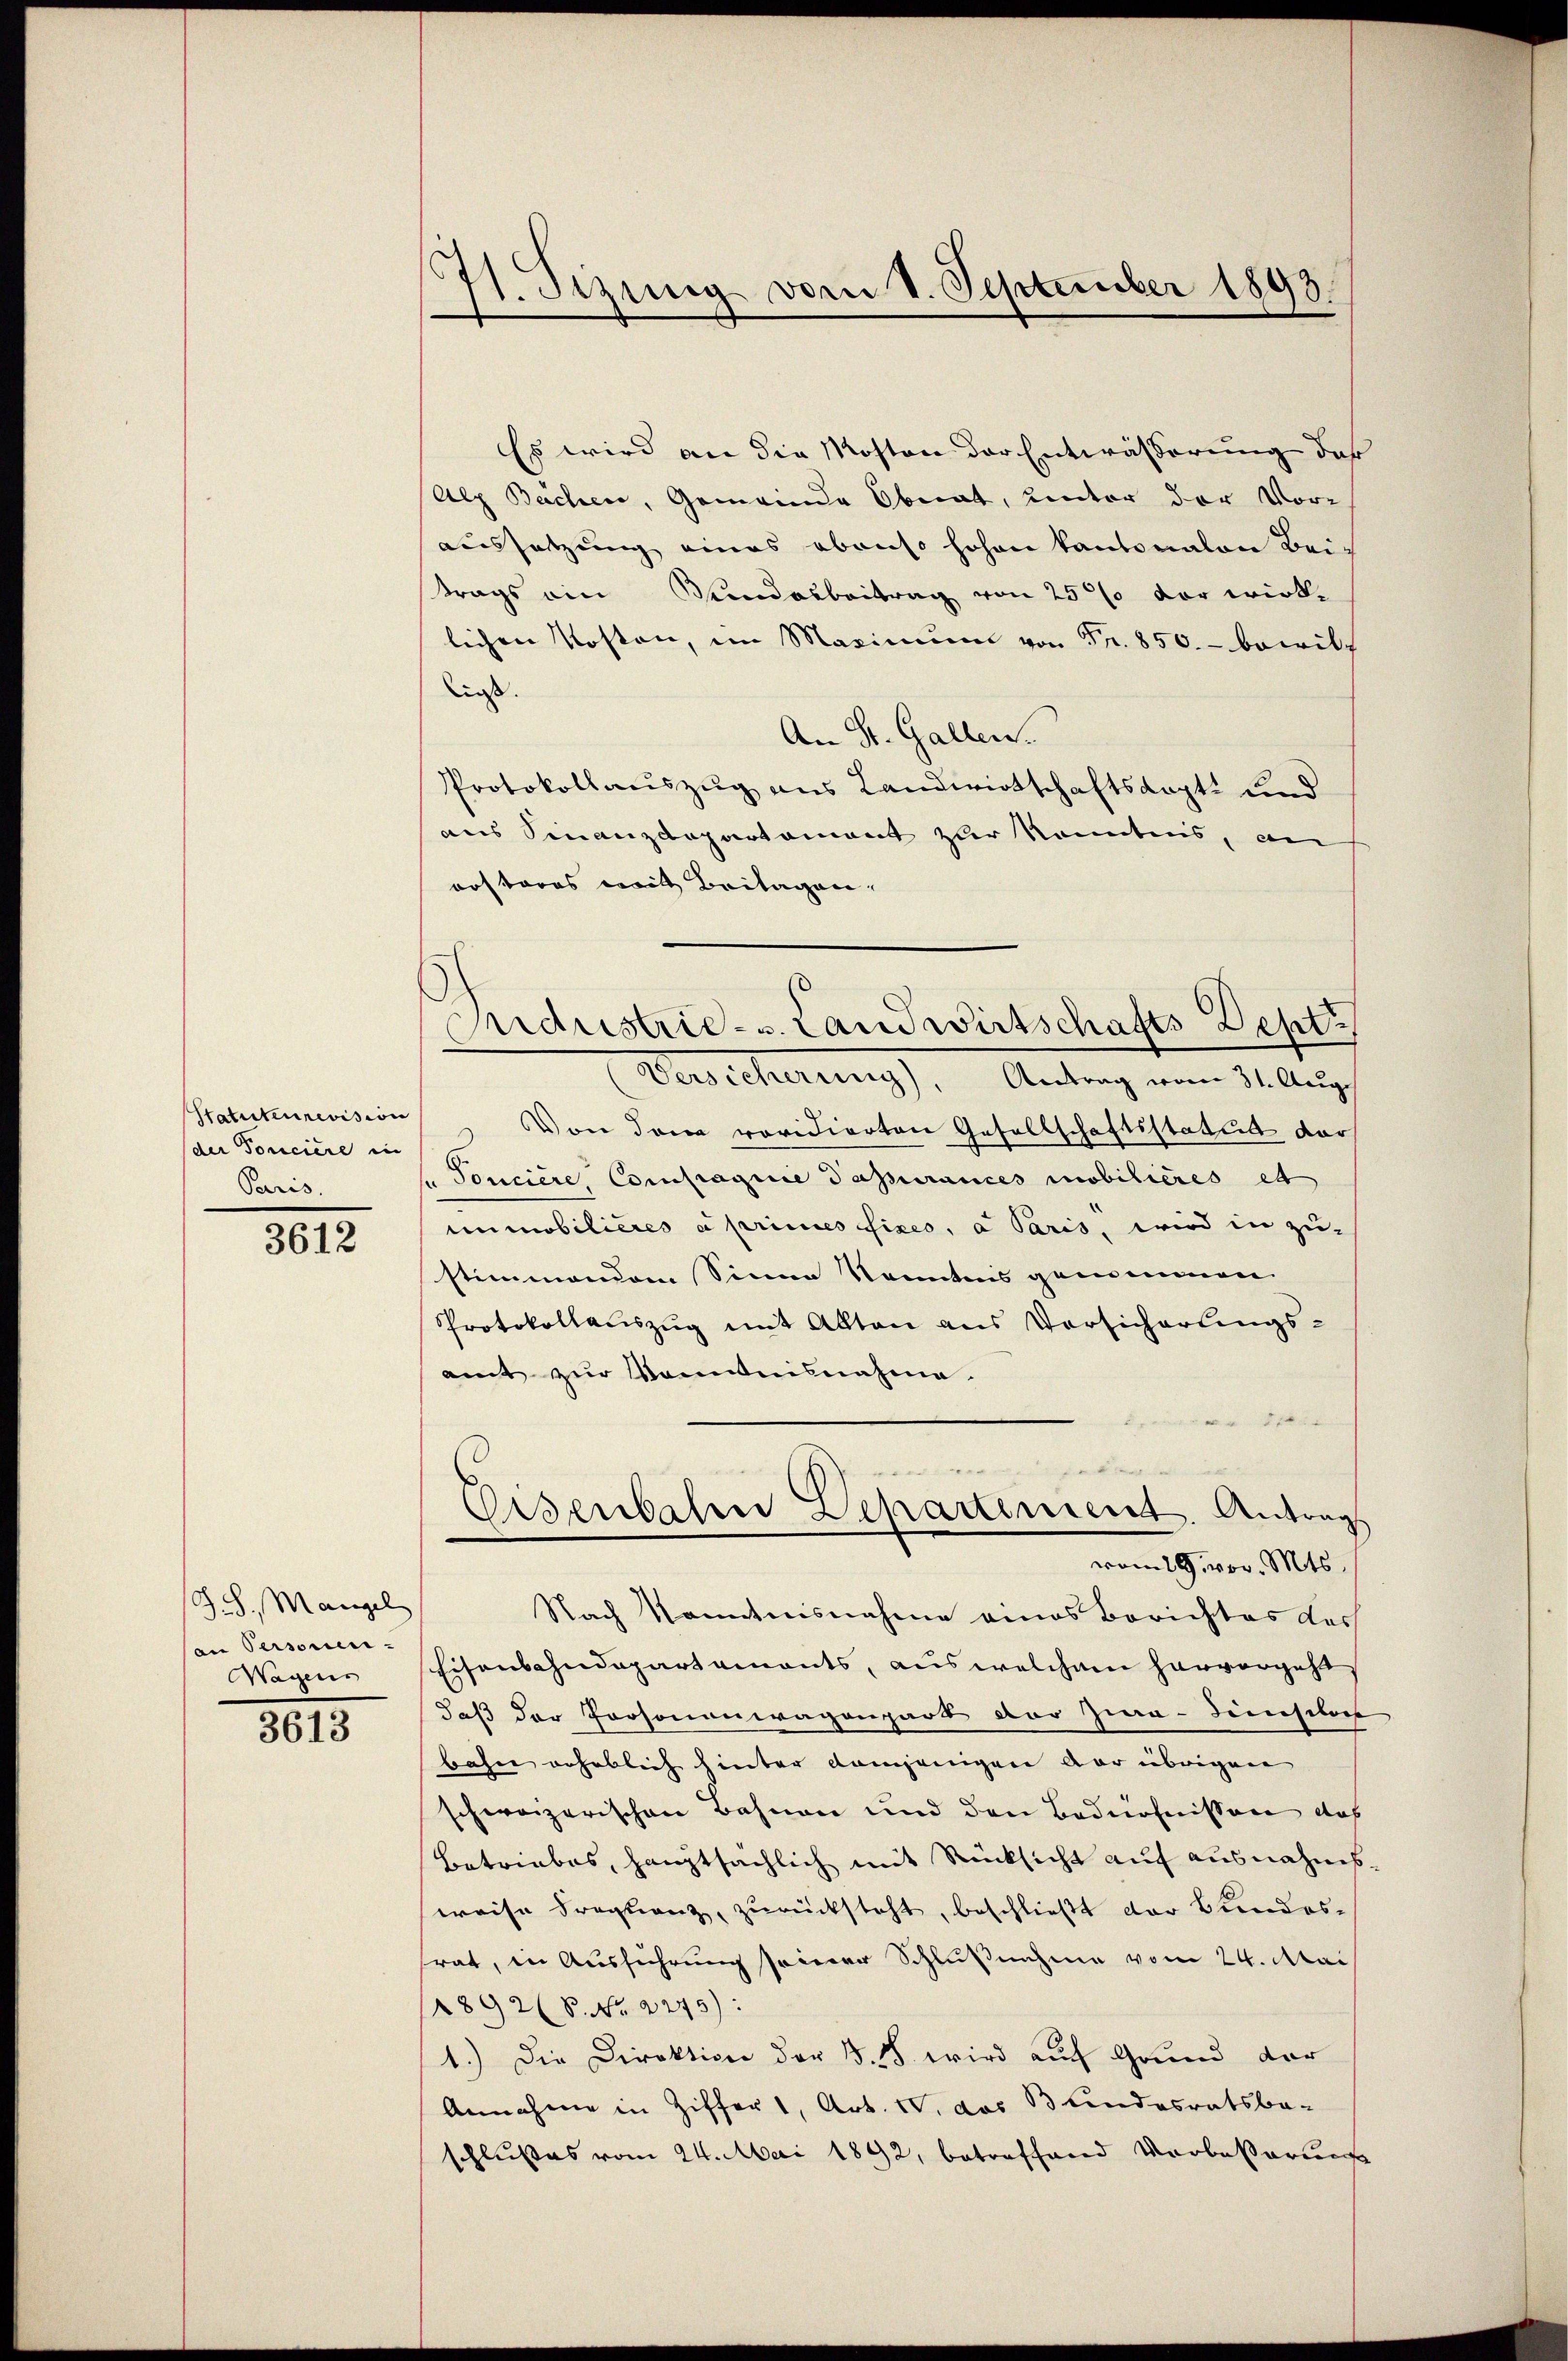
Statuteurevision
(der Tonciere in
Paris.

3612

S.S. Mangel
an Personen-
Magens

3613

71. Sizung vom 1. September 1893.

Aidustrie- u. Landwirtschafts Dept

Es wird an die Mosten der Entwässerung des
Alp Bachen, Gemeinde Oberat, unter der Voraussetzung eines ebenso hohen kantonalen Bei-
trags ein Mundesbeitrag von 25% vor wirk-
lichen Kosten, im Maximum von Fr. 850.- bewill
liess.
An St. Gallen.
Protokollauszug aus Landwirtschaftskapt- und
aus Sinanzdepartament zur Kenntnis, an
orsteres mit Beilagen,
Versicherung), Antrag vom 31. Aug.
 Von dem revidierten Gesellschaftsstatut der
Tonciere, Compagnie Papurances mobilières et
immobilieres à princes fixes, a Paris, wird in zu-
stimmendem Sinne Kenntnis genommen.
Protokollauszug mit Akten aus Versicherungs-
amt zŭr Kenntnisnahme.
8 f 0 x
.
Eisenbahre Departement. Antrags
vom 29. vor. Mts.
Nach Kenntnisnahme eines Berichtes das
Eisenbahndepartaments, aus welchem hervorgeht,
daß der Personenwagenpart der Zwa-Seinschar
bahn geheblich hinter demjenigen der übrigen
schweizerischen Bahnen und den Bedürfnissen das
Betriebes, hauptsächlich mit Rücksicht auf ausnahmsweise Fraglanz, zurücksteht, beschließt der Bundestrat, in Ausführung seiner Schlußnahme vom 24. Mai
8928. No. 2275):
1.) Die Direktion der 3. 18. wird auch Grund der
Annahme in Ziffer 1, Art. V. das Bundesratsbe-
schlußes vom 24. Mai 1892, betreffend Verbeßerung